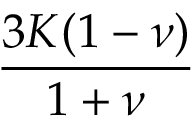
\frac { 3 K ( 1 - \nu ) } { 1 + \nu }